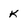
Character: k